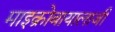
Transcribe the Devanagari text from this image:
माइक्रोबायालाजी